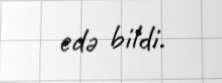
edə bildi.